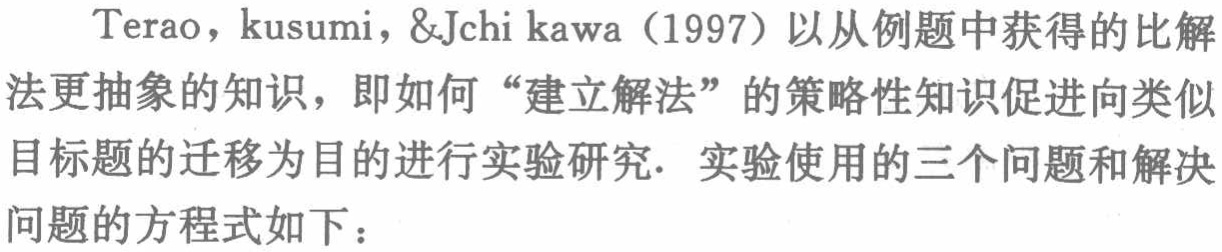
Terao，kusumi，&Jchi kawa（1997）以从例题中获得的比解法更抽象的知识，即如何“建立解法”的策略性知识促进向类似目标题的迁移为目的进行实验研究. 实验使用的三个问题和解决问题的方程式如下：